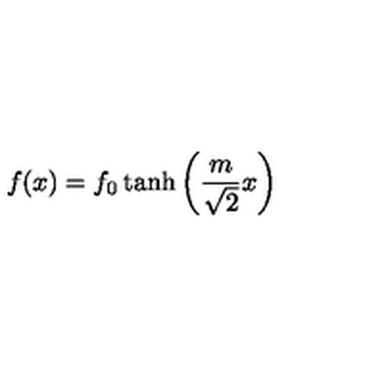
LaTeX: f ( x ) = f _ { 0 } \tanh \left( { \frac { m } { \sqrt { 2 } } } x \right)